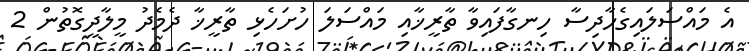
އެ މައްސަލައިގެހާދިސާ ހިނގާފައިވާ ތާރީޚާއި މައްސަލަ ހުށަހެޅި ތާރީޚާ ދެމެދު މީލާދީގޮތުން 2